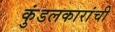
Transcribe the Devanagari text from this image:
कुंडलकारांची